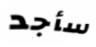
سأجد